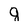
Character: g